Scottish Leaving Certificate Examination, 1957
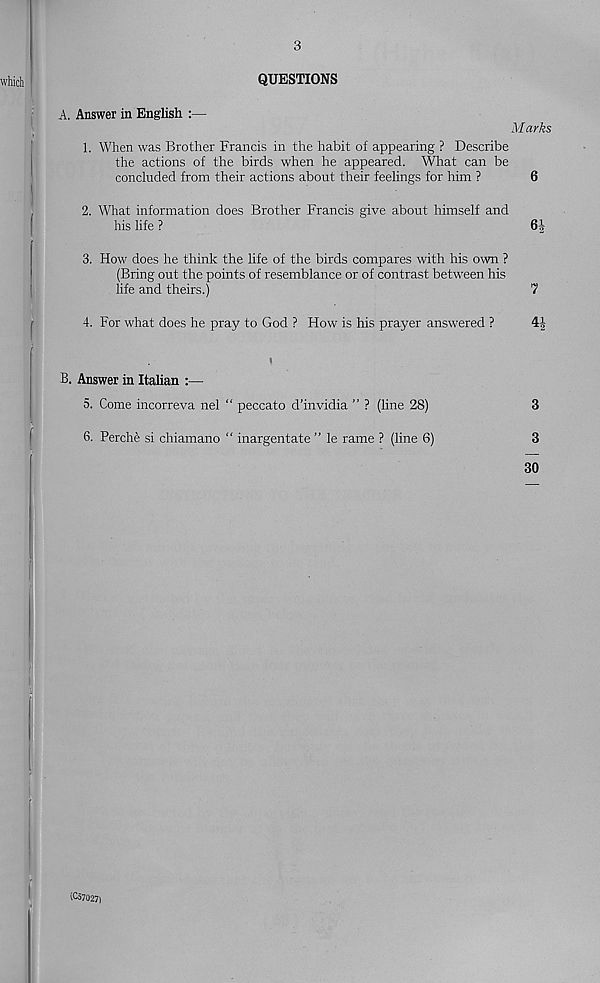
3
QUESTIONS
A. Answer in English
Marks
1. When was Brother Francis in the habit of appearing ? Describe
the actions of the birds when he appeared. What can be
concluded from their actions about their feelings for him ?
6
2. What information does Brother Francis give about himself and
his life ?
6J
3. How does he think the life of the birds compares with his own ?
(Bring out the points of resemblance or of contrast between his
life and theirs.)
7
4. For what does he pray to God ? How is his prayer answered ?
4
i
B. Answer in Italian :—
5. Come incorreva nel “ peccato d’invidia ” ? (line 28)
3
6. Perche si chiamano “ inargentate ” le rame ? (line 6)
3
30
(Co7027)
tOlM